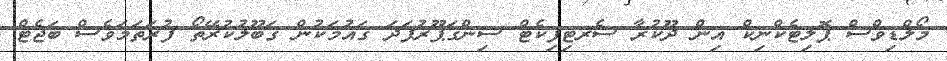
މޯލްޑިވްސް ޕޮލިޓެކްނިކް އިން ދޫކުރާ ސެރޓިފިކެޓް ސިންގަޕޫރުފަދަ ގައުމަކުން ގަބޫލުކުރޭތޯ ފުރަތަމަވެސް ބަޖެޓް